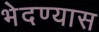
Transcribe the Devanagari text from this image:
भेदण्यास